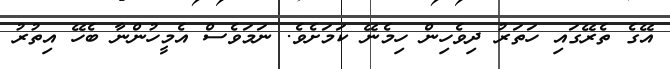
އޭގެ ތެރޭގައި ހަތަރު ދިވެހިން ހިމެނޭ ކަމަށެވެ. ނަމަވެސް އެމީހުންނާ ބެހޭ އިތުރު